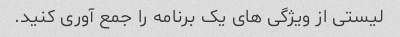
لیستی از ویژگی های یک برنامه را جمع آوری کنید.